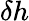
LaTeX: \delta h